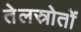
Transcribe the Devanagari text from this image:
तेलस्रोतों